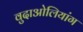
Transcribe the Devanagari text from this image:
वुदाओलियांग